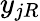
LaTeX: y_{jR}